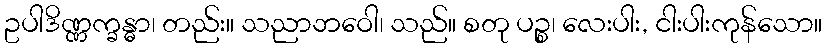
ဥပါဒိဏ္ဏက္ခန္ဓာ၊ တည်း။ သညာဘဝေါ၊ သည်။ စတု ပဉ္စ၊ လေးပါး, ငါးပါးကုန်သော။